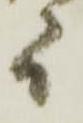
而